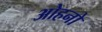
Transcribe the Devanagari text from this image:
ओहनो